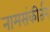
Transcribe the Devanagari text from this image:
नामसंकीर्तन